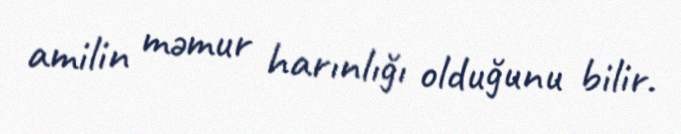
amilin məmur harınlığı olduğunu bilir.